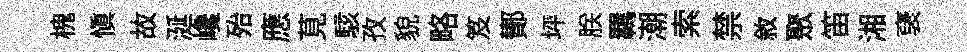
槐愼故涎巉殆應莧駭孜貌略笈鄼坪朕羈潮索禁敘聚笛湘裦